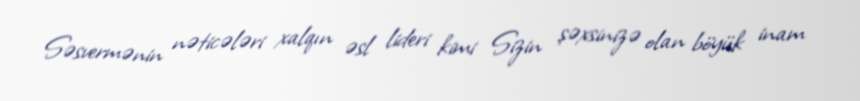
Səsvermənin nəticələri xalqın əsl lideri kimi Sizin şəxsinizə olan böyük inam